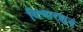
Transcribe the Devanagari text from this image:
विचारशुद्ध